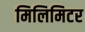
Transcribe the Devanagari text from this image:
मिलिमिटर